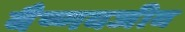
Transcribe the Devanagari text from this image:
बैष्णवजीव